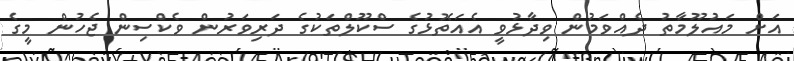
އަށް މައުލޫމާތު ދެއްވަމުން ވިދާޅުވީ އެއަތޮޅުގެ ސްކޫލްތަކުގެ ދަރިވަރުން ވެކްސިން ޖެހުން މީގެ